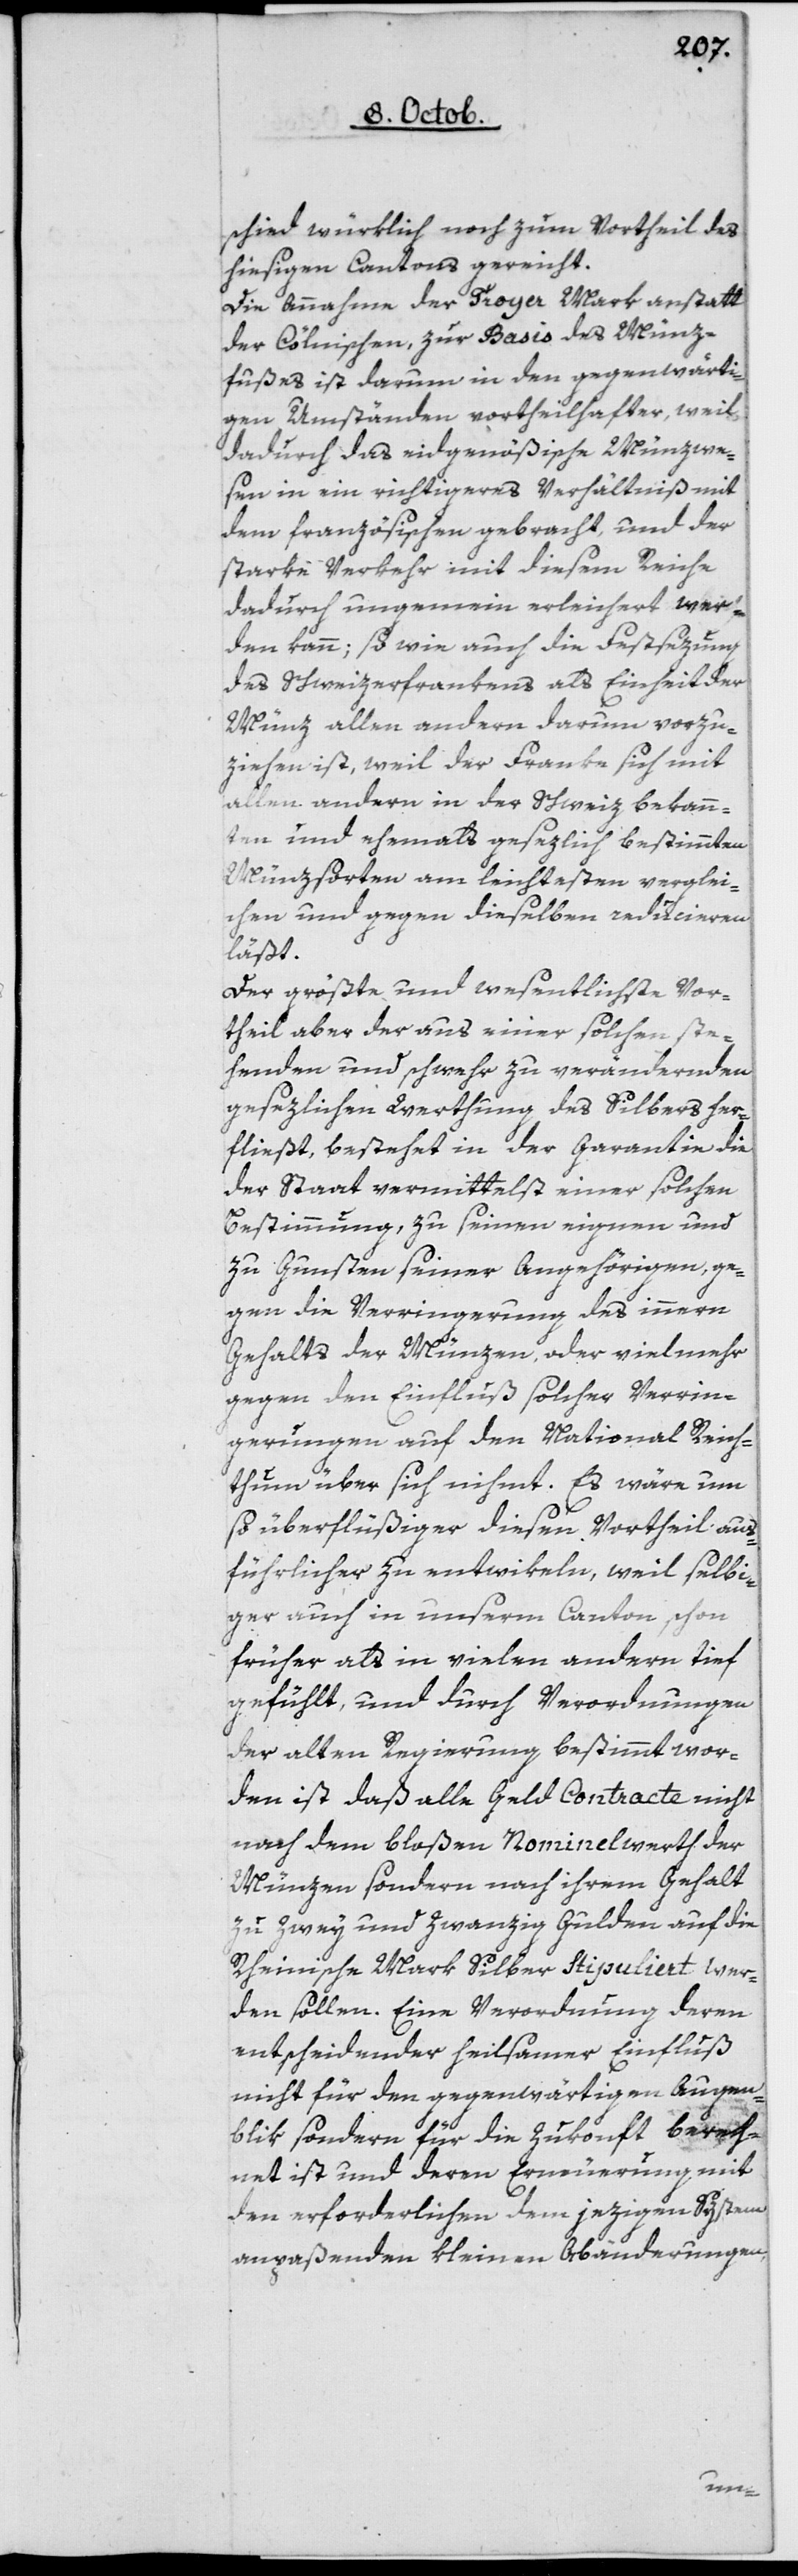
schied würklich noch zum Vortheil des
hiesigen Kantons gereicht.
Die Annahme der Troyer Mark anstatt
der Cölnischen, zur Basis des Münz¬
fußes ist darum in den gegenwärti¬
gen Umständen vortheilhafter, weil
dadurch das eidgenößische Münzwe¬
sen in ein richtigeres Verhältniß mit
dem französischen gebracht, und der
starke Verkehr mit diesem Reiche
dadurch ungemein erleichtert wer¬
den kann; so wie auch die Festsezung
des Schweizerfrankens als Einheit der
Münz allen andern darum vorzu¬
ziehen ist, weil der Franke sich mit
allen andern in der Schweiz bekann¬
ten und ehemals gesezlich bestimmten
Münzsorten am leichtesten verglei¬
chen und gegen dieselben reducieren
läßt.
Der größte und wesentlichste Vor¬
theil aber der aus einer solchen ste¬
henden und schwer zu verändernden
gesezlichen Werthung des Silbers her¬
fließt, besteht in der Garantie, die
der Staat vermittelst einer solchen
Bestimmung, zu seinen eignen und
zu Gunsten seiner Angehörigen, ge¬
gen die Verringerung des innern
Gehalts der Münzen, oder vielmehr
gegen den Einfluß solcher Verrin¬
gerungen auf den National Reich¬
thum über sich nihmt. Es wäre um
so überflüßiger, diesen Vortheil aus¬
führlicher zu entwikeln, weil selbi¬
ger auch in unserm Canton schon
früher als in vielen andern tief
gefühlt, und durch Verordnungen
der alten Regierung bestimmt wor¬
den ist, daß alle Geld Contracte nicht
nach dem bloßen Nominalwerth der
Münzen sondern nach ihrem Gehalt
zu zwey und zwanzig Gulden auf die
Rheinische Mark Silber stipuliert wer¬
den sollen. Eine Verordnung deren
entscheidender heilsamer Einfluß
nicht für den gegenwärtigen Augen¬
blik, sondern für die Zukonft berech¬
net ist und deren Erneuerung mit
den erforderlichen dem jezigen System
anpaßenden kleinen Abänderungen